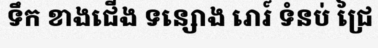
ទឹក ខាងជើង ទន្សោង រោរ៍ ទំនប់ ជ្រៃ